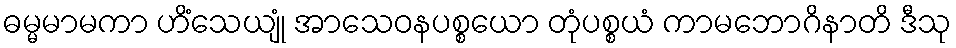
ဓမ္မမာမကာ ဟိံသေယျုံ အာသေဝနပစ္စယော တုံပစ္စယံ ကာမဘောဂိနာတိ ဒီသု